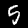
Digit: 5